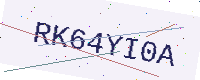
Text: RK64YI0A